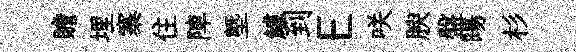
贍埋寨住陣塈鱸到E咲腴盤暘杉